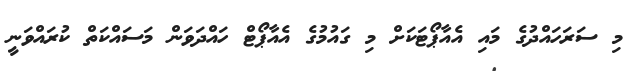
މި ސަރަހައްދުގެ މައި އެއާޕޯޓަކަށް މި ގައުމުގެ އެއާޕޯޓް ހައްދަވަން މަސައްކަތް ކުރައްވަނީ